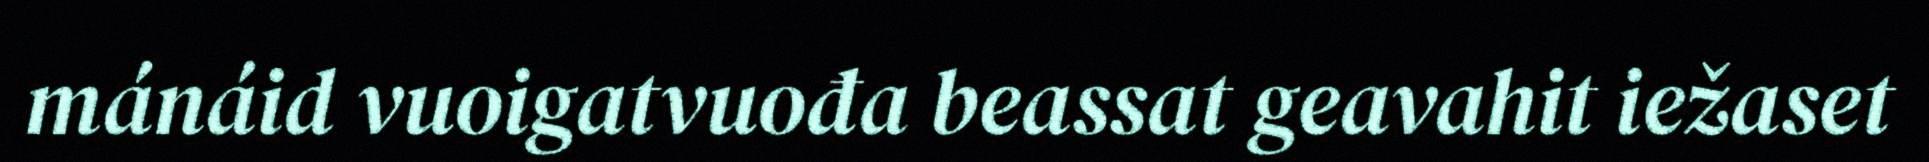
mánáid vuoigatvuođa beassat geavahit iežaset